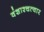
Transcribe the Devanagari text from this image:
वंशाश्चत्वार